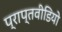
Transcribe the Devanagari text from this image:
प्राप्तवीडियो